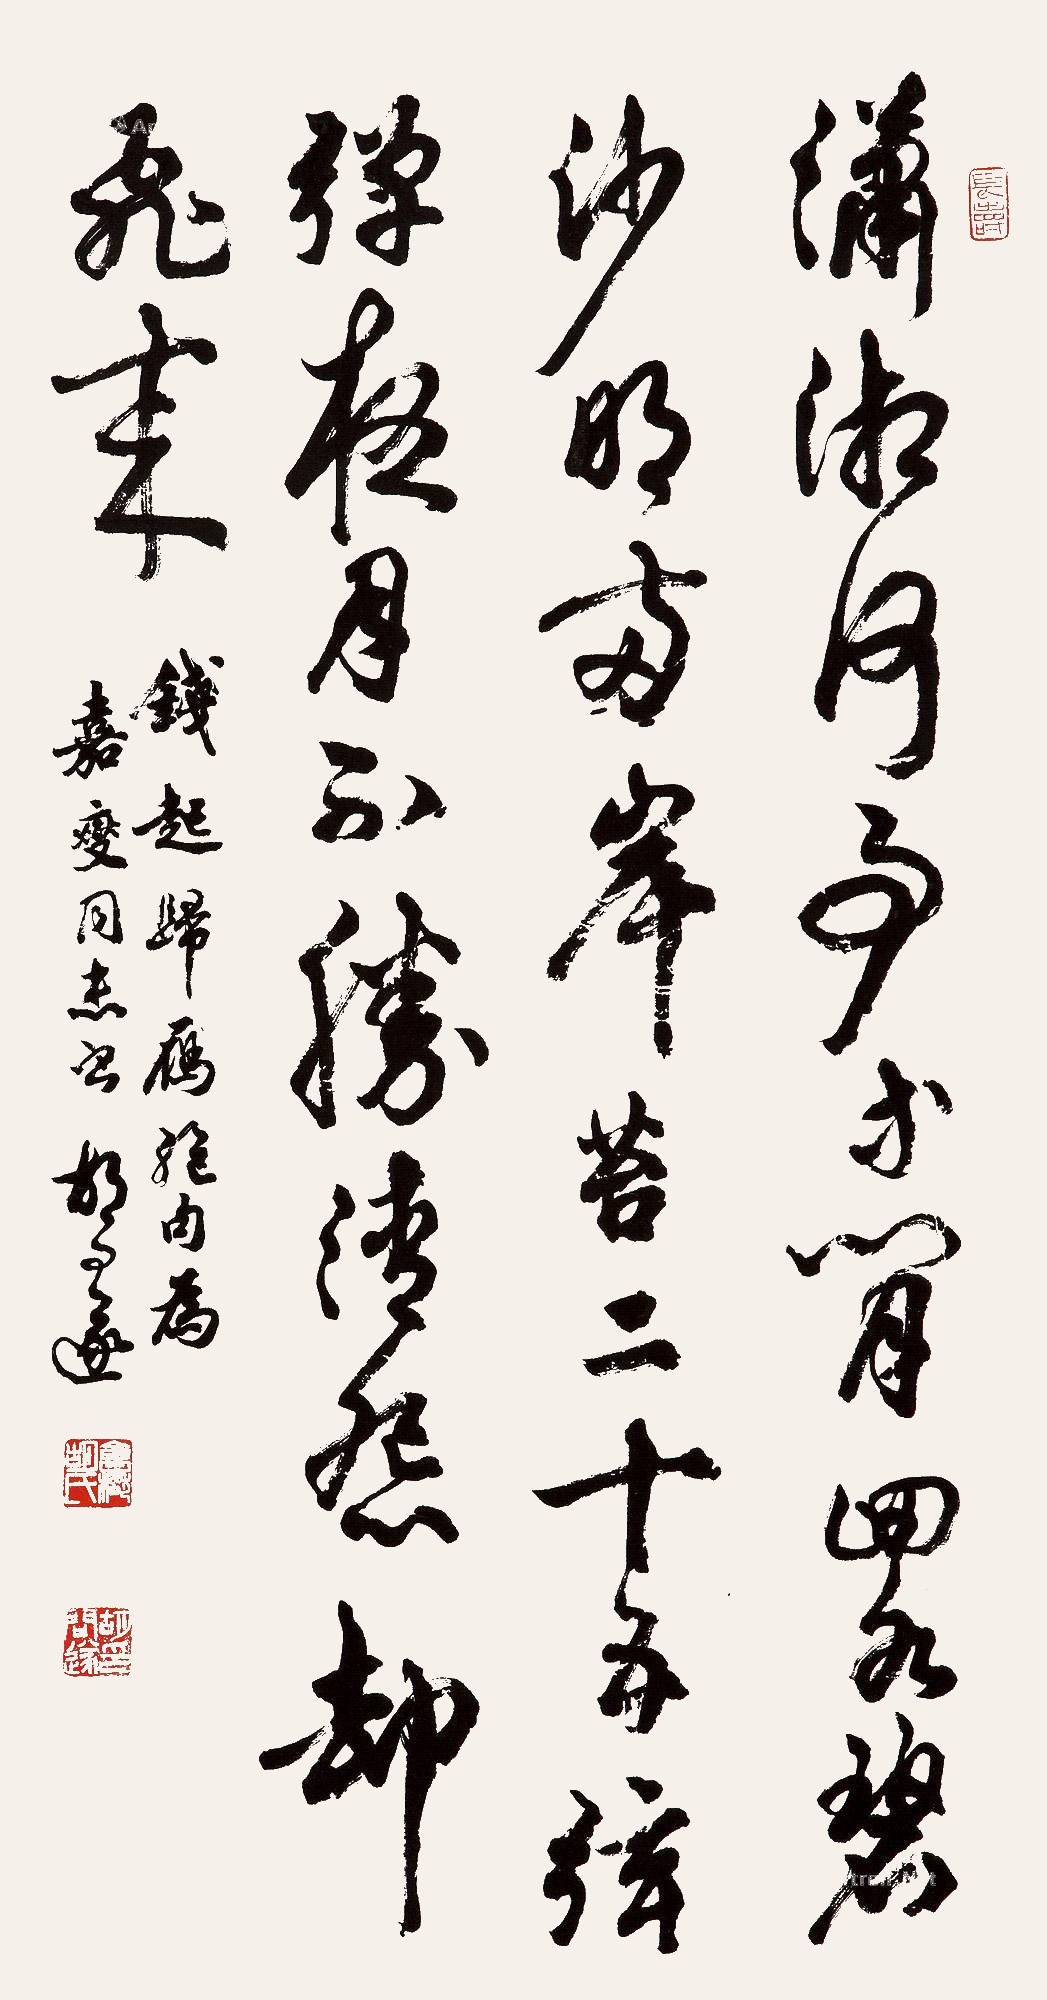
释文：潇湘何事等闲回，水碧沙明两岸苔。二十五弦弹夜月，不胜清怨却飞来。钱起《归雁》绝句，为嘉燮同志书，胡问遂。